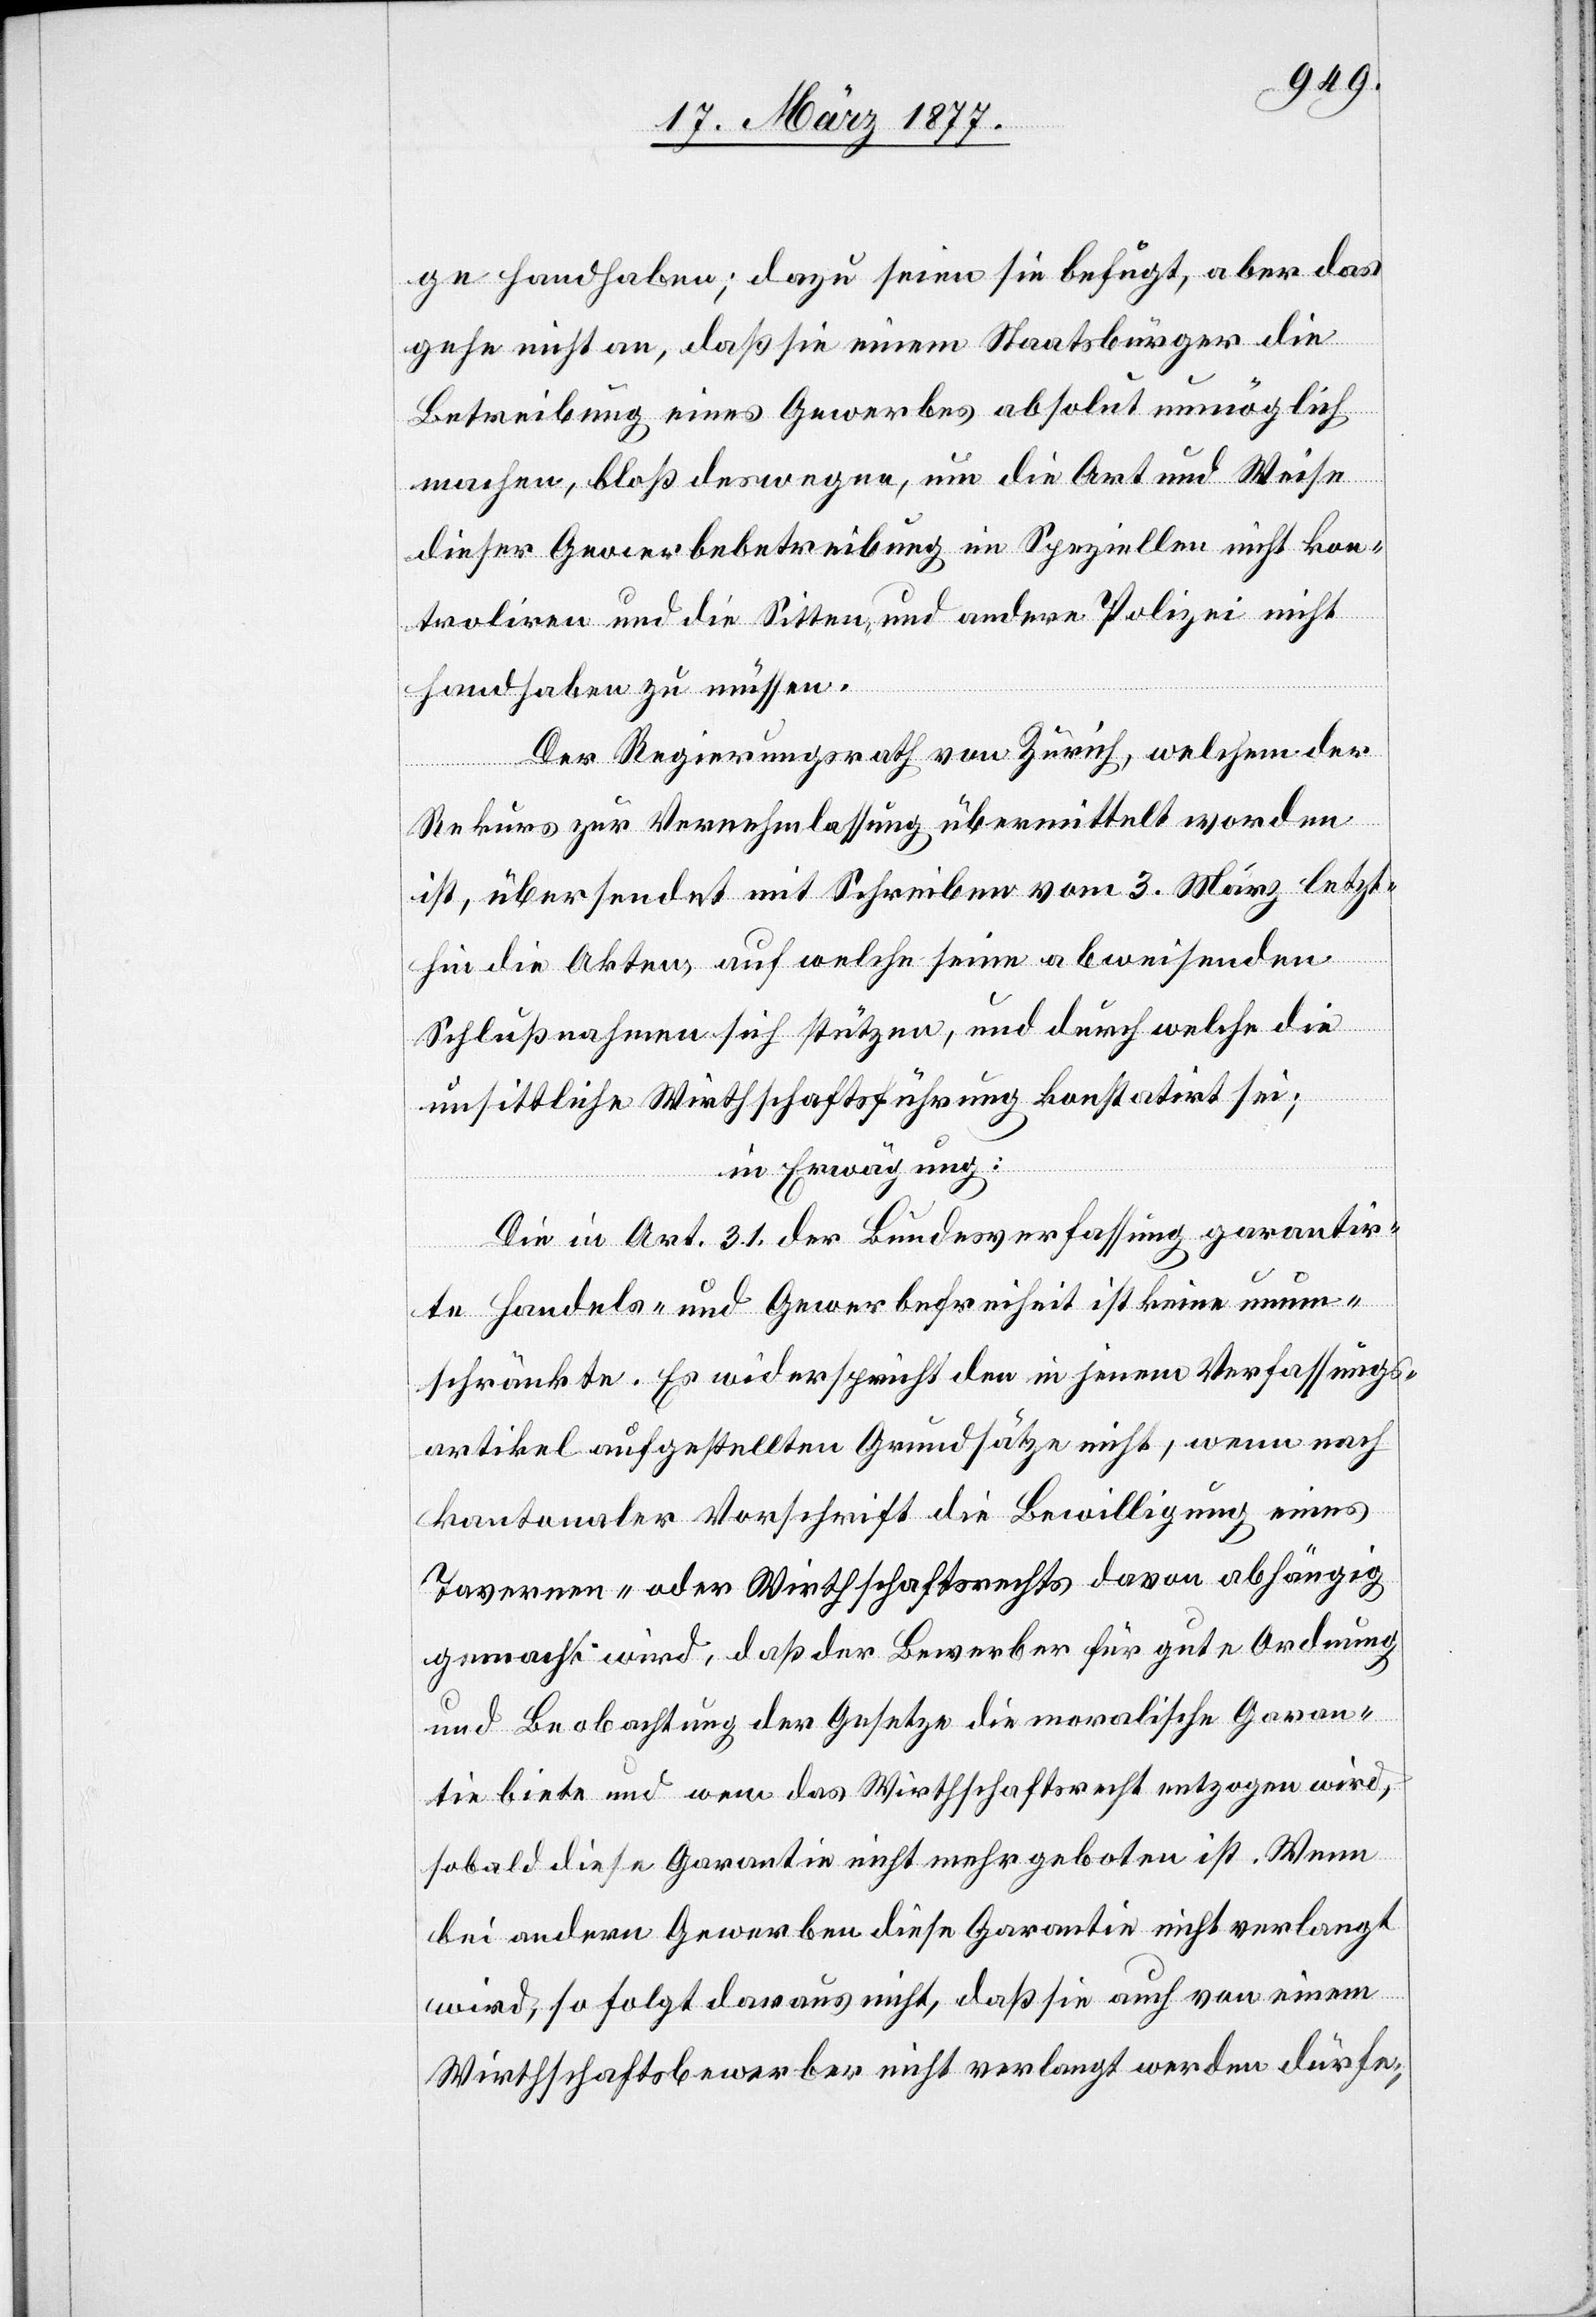
ge handhaben; dazu seien sie befugt, aber das
gehe nicht an, daß sie einem Staatsbürger die
Betreibung eines Gewerbes absolut unmöglich
machen, bloß deswegen, um die Art und Weise
dieser Gewerbebetreibung im Speziellen nicht kon¬
troliren und die Sitten- und andere Polizei nicht
handhaben zu müssen.
Der Regierungsrath von Zürich, welchem der
Rekurs zur Vernehmlassung übermittelt worden
ist, übersendet mit Schreiben vom 3. März letzt¬
hin die Akten, auf welche seine abweisenden
Schlußnahmen sich stützen, und durch welche die
unsittliche Wirthschaftsführung konstatirt sei;
in Erwägung:
Die in Art. 3. 1. der Bundesverfassung garantir¬
te Handels- und Gewerbefreiheit ist keine unum¬
schränkte. Es widerspricht den in jenem Verfassungs¬
artikel aufgestellten Grundsätze[n] nicht, wenn nach
kantonaler Vorschrift die Bewilligung eines
Tavernen- oder Wirthschaftsrechts davon abhängig
gemacht wird, daß der Bewerber für gute Ordnung
und Beobachtung der Gesetze die moralische Garan¬
tie biete und wenn das Wirthschaftsrecht entzogen wird,
sobald diese Garantie nicht mehr geboten ist. Wenn
bei andern Gewerben diese Garantie nicht verlangt
wird, so folgt daraus nicht, daß sie auch von einem
Wirthschaftsbewerber nicht verlangt werden dürfe,